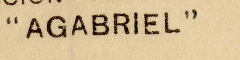
"AGABRIEL"